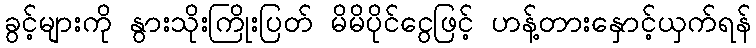
ခွင့်များကို နွားသိုးကြိုးပြတ် မိမိပိုင်ငွေဖြင့် ဟန့်တားနှောင့်ယှက်ရန်